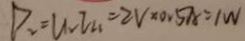
P _ { 2 } = U _ { 2 } I _ { 2 } . = 2 V \times 0 . 5 A = 1 W